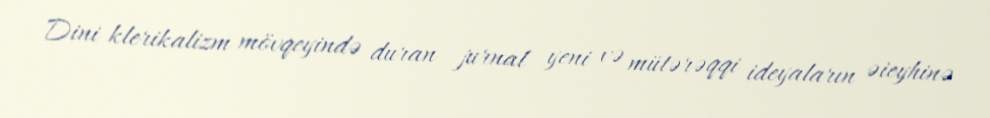
Dini klerikalizm mövqeyində duran jurnal yeni və mütərəqqi ideyaların əieyhinə